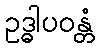
ဥဒ္ဓါပဝန္တံ